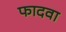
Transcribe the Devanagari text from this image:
फादवा